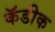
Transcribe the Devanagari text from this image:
कॅडीक